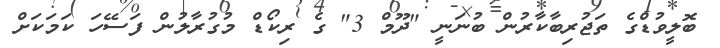
ބޮލީވުޑްގެ ތަޖުރިބާކާރުން ބުނަނީ "ދޫމް 3" ގެ ރިކޯޑް މުގުރާލުން ފަސޭހަ ކަމަކަށް